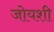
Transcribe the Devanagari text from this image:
जोयशी